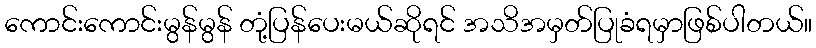
ကောင်းကောင်းမွန်မွန် တုံ့ပြန်ပေးမယ်ဆိုရင် အသိအမှတ်ပြုခံရမှာဖြစ်ပါတယ်။